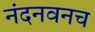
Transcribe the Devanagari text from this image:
नंदनवनच